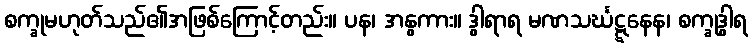
စက္ခုမဟုတ်သည်၏အဖြစ်ကြောင့်တည်း။ ပန၊ အနွကား။ ဒွါရာရ မဏသင်္ဃဋ္ဋနေန၊ စက္ခုဒွါရ